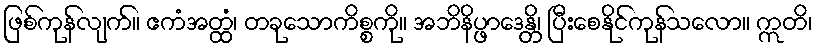
ဖြစ်ကုန်လျက်။ ဧကံအတ္ထံ၊ တခုသောကိစ္စကို။ အဘိနိပ္ဖာဒေန္တိ၊ ပြီးစေနိုင်ကုန်သလော။ ဣတိ၊